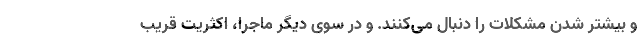
و بیشتر شدن مشکلات را دنبال می‌کنند. و در سوی دیگر ماجرا، اکثریت قریب